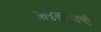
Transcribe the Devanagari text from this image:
आढळल्याची